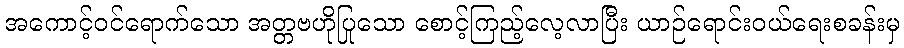
အကောင့်ဝင်ရောက်သော အတ္တဗဟိုပြုသော စောင့်ကြည့်လေ့လာပြီး ယာဉ်ရောင်းဝယ်ရေးစခန်းမှ